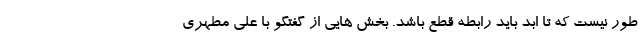
طور نیست که تا ابد باید رابطه قطع باشد. بخش هایی از گفتگو با علی مطهری